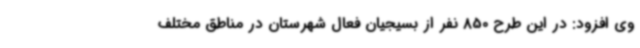
وی افزود: در این طرح 850 نفر از بسیجیان فعال شهرستان در مناطق مختلف